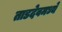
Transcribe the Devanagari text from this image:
ताडदेवमध्ये